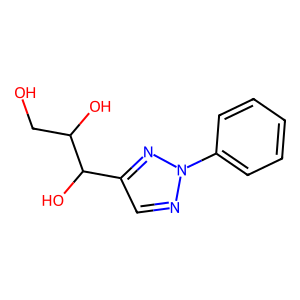
SMILES: OCC(O)C(O)c1cnn(-c2ccccc2)n1
Inhibits HIV replication: No